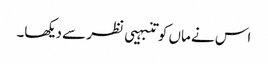
اس نے ماں کو تنبہیی نظر سے دیکھا۔